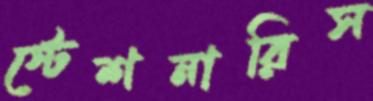
স্টেশনারিস